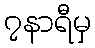
၇နာရီမှ